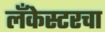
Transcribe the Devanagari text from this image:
लँकेस्टरचा